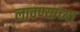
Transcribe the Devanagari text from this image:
लावण्‍याच्‍या